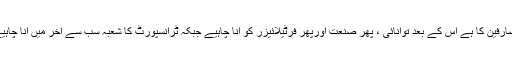
اگر ترجیحات کو دیکھا جائے تو سب سے پہلے اس گیس پر جو حق ہے وہ گھریلو صارفین کا ہے اس کے بعد توانائی ، پھر صنعت اورپھر فرٹیلائیزر کو آنا چاہیے جبکہ ٹرانسپورٹ کا شعبہ سب سے آخر میں آنا چاہیے، پبلک ٹرانسپورٹ کے شعبے میں سی این جی کا استعمال مکمل بند کردینا چاہیے۔